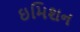
ઇમિશન